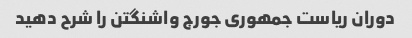
دوران ریاست جمهوری جورج واشنگتن را شرح دهید